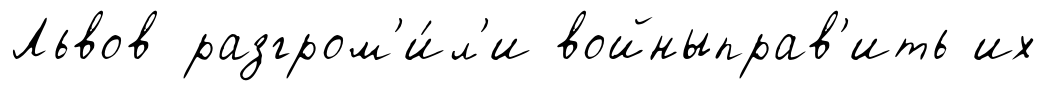
Львов разгром'и́л'и войныправ'ить их